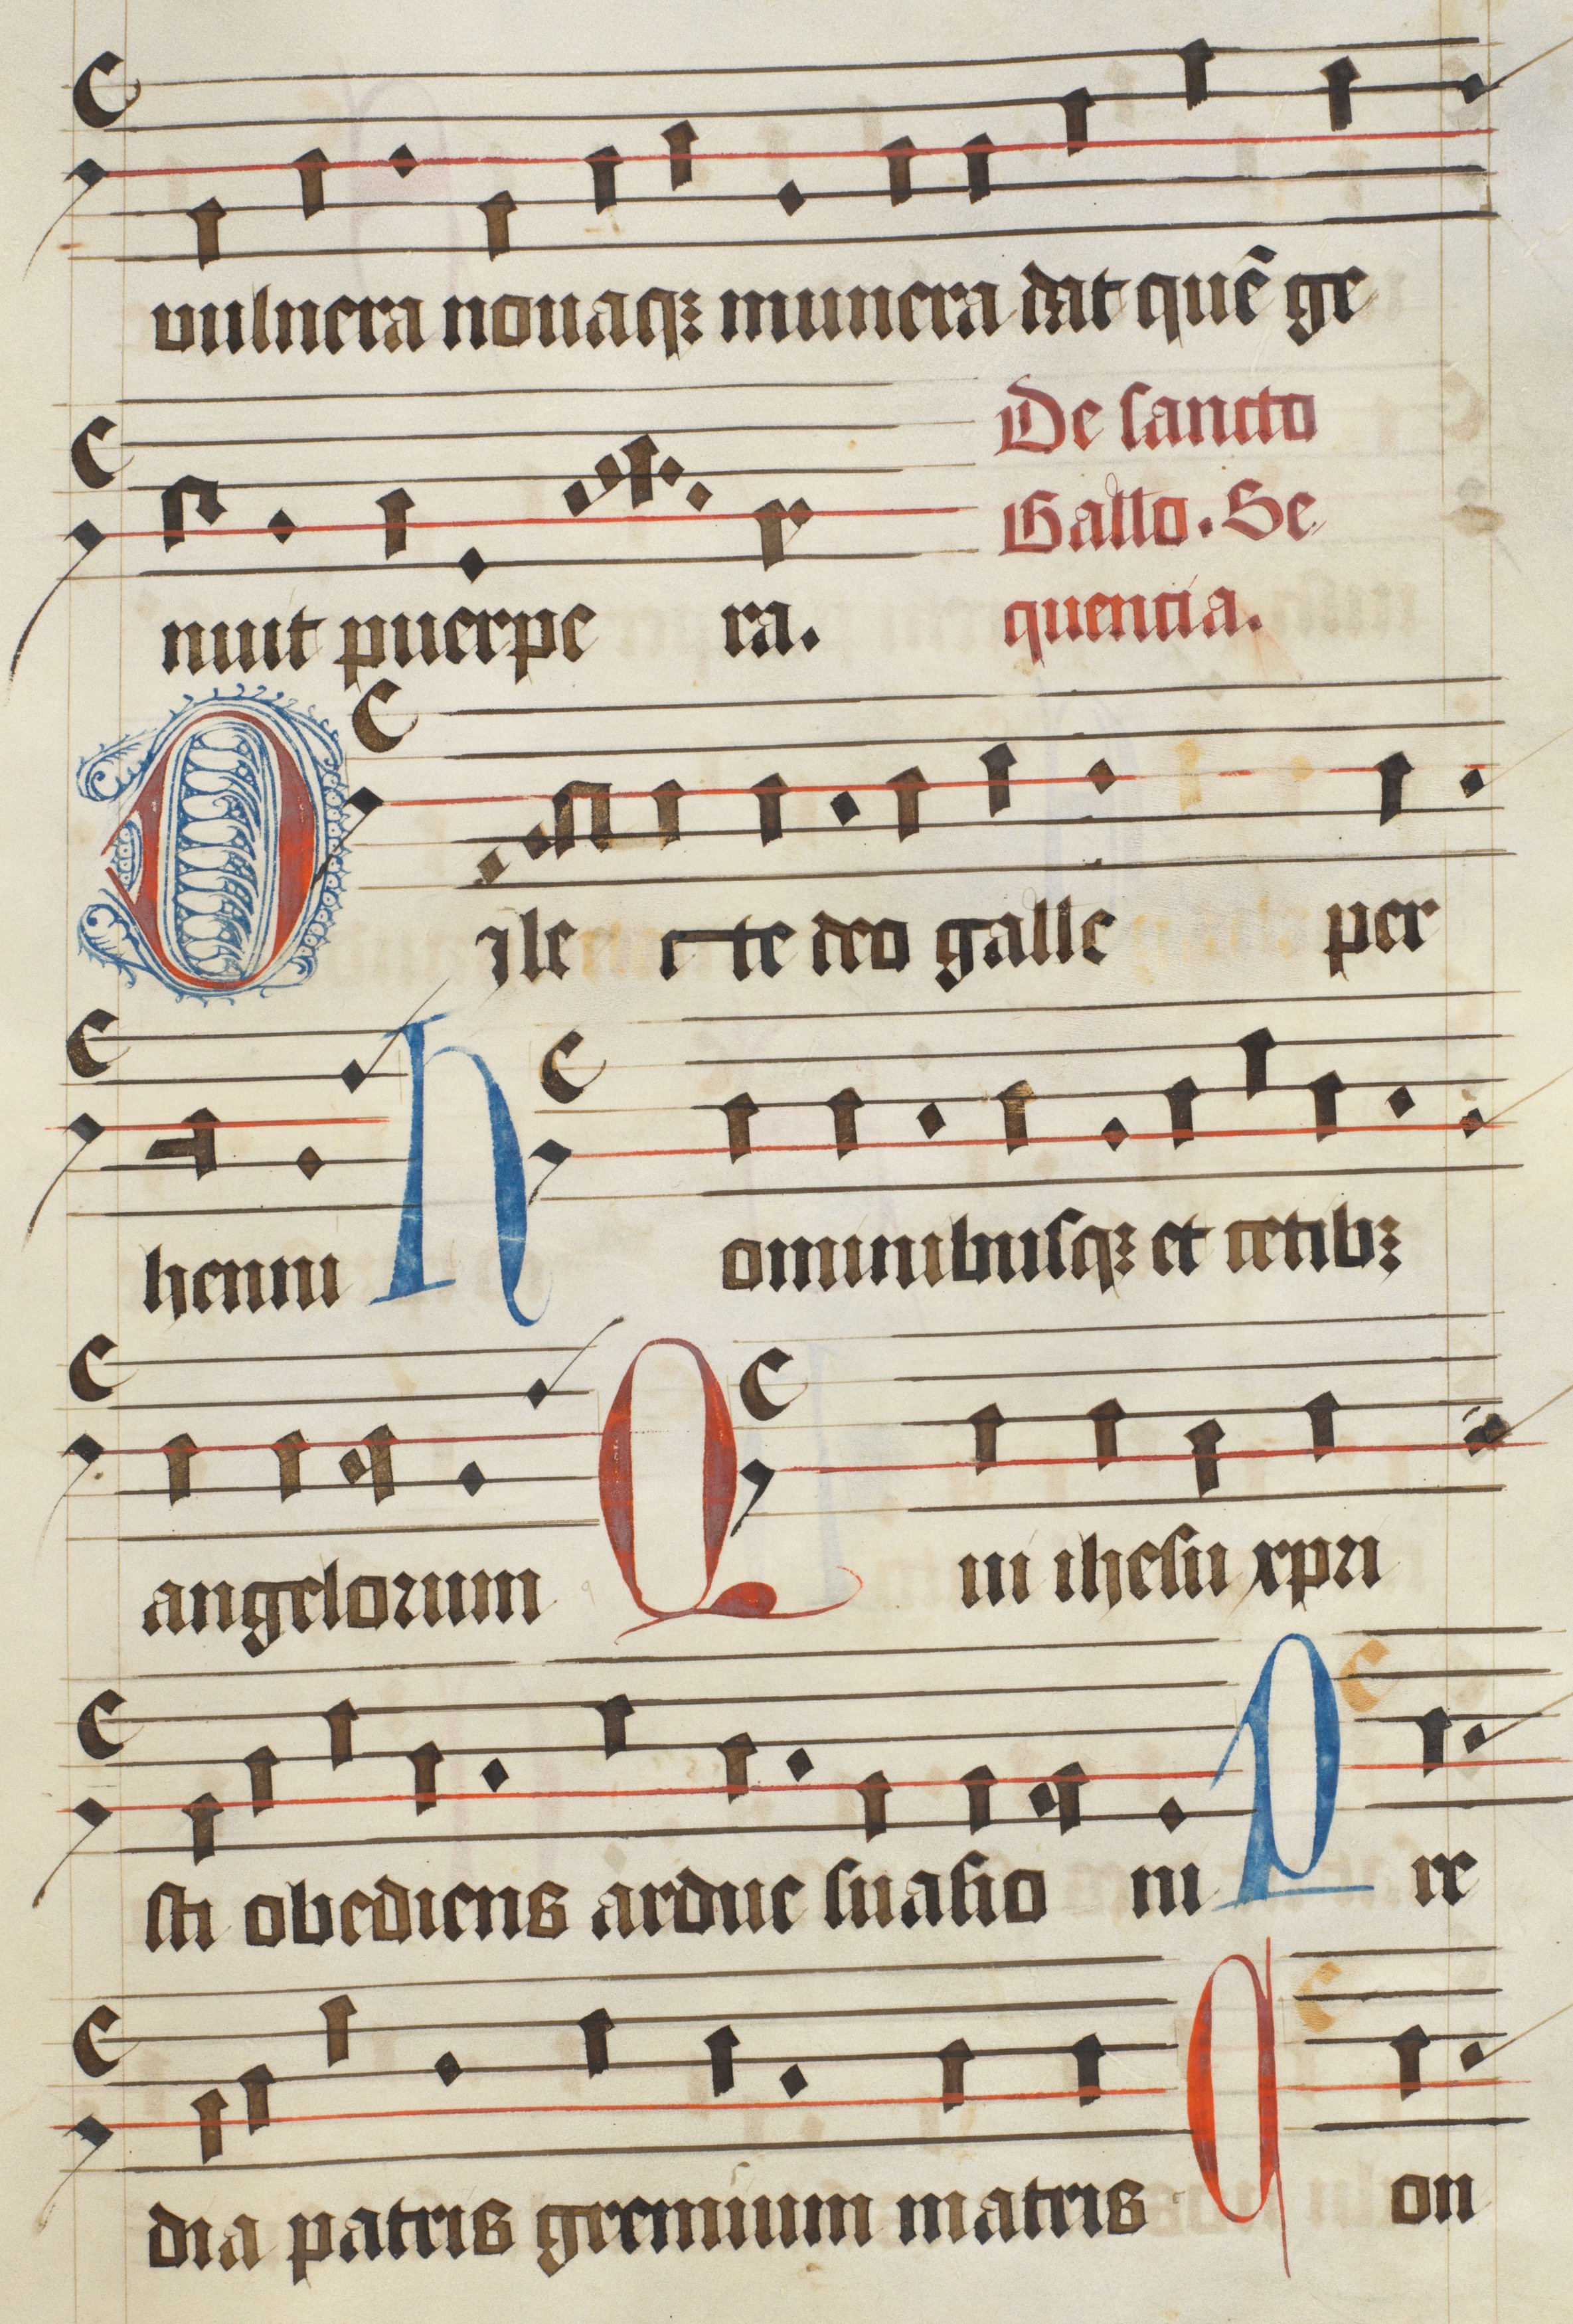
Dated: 1475–1499